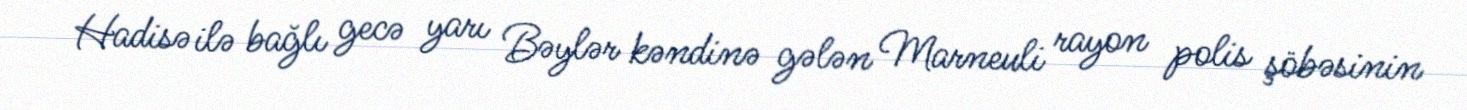
Hadisə ilə bağlı gecə yarı Bəylər kəndinə gələn Marneuli rayon polis şöbəsinin